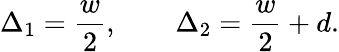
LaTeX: \Delta_{1}=\frac{w}{2},\qquad\Delta_{2}=\frac{w}{2}+d.